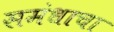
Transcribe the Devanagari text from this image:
समंधाचा